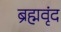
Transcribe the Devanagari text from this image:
ब्रह्मवृंद